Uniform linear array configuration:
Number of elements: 16
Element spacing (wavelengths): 0.25
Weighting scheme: uniform
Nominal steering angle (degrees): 45
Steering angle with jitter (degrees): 45.56
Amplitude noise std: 0.05
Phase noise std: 0.05

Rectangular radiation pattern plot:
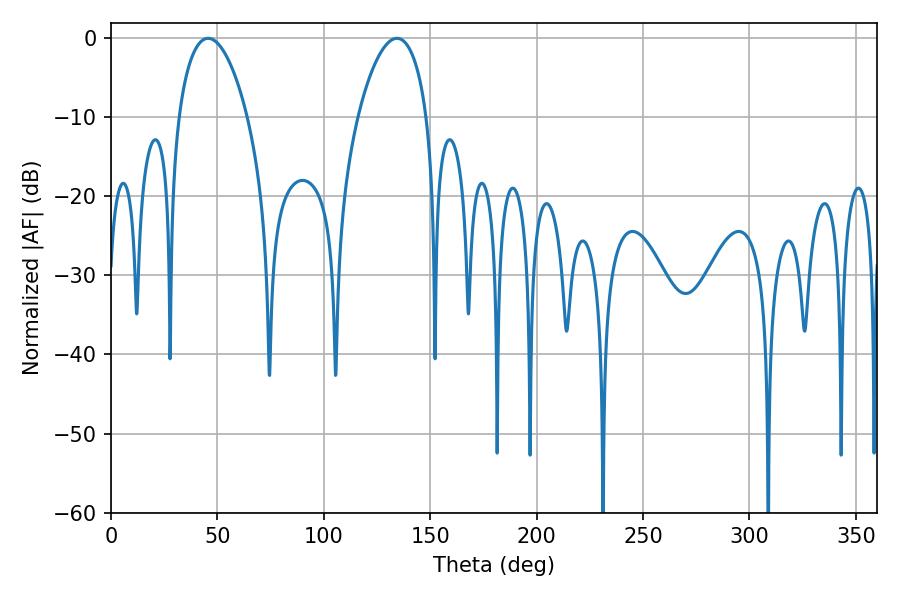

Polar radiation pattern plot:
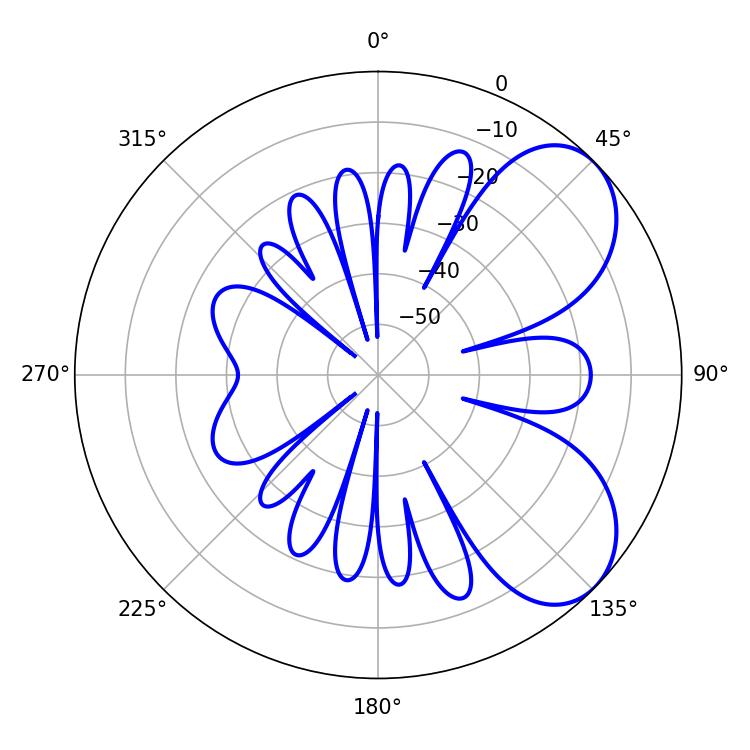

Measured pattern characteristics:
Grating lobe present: FALSE
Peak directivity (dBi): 6.102
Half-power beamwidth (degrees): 18.36
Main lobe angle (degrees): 45.54